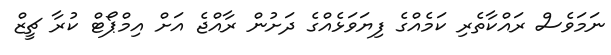
ނަމަވެސް ރައްކާތެރި ކަމެއްގެ ފިޔަވަޅެއްގެ ދަށުން ރާއްޖެ އަށް އިމްޕޯޓް ކުރާ ޗީޒް